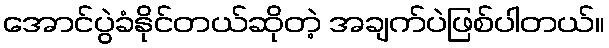
အောင်ပွဲခံနိုင်တယ်ဆိုတဲ့ အချက်ပဲဖြစ်ပါတယ်။